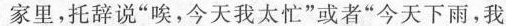
家里，托辞说”唉，今天我太忙”或者”今天下雨，我